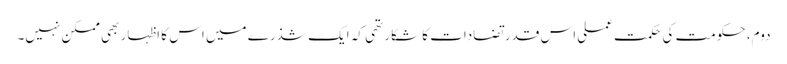
دوم، حکومت کی حکمت ِعملی اس قدر تضادات کا شکار تھی کہ ایک شذرے میں اس کا اظہار بھی ممکن نہیں۔